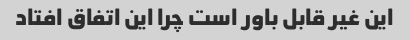
این غیر قابل باور است چرا این اتفاق افتاد